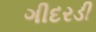
ગીદરડી